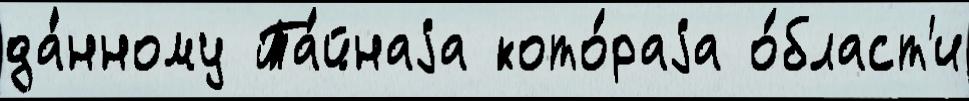
да́нному Та́йнаjа кото́раjа о́бласт'и